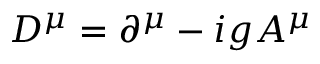
D ^ { \mu } = \partial ^ { \mu } - i g A ^ { \mu }